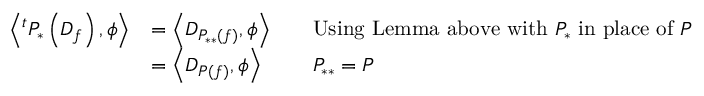
{ \begin{array} { r l r l } { \left\langle ^ { t } P _ { * } \left( D _ { f } \right) , \phi \right\rangle } & { = \left\langle D _ { P _ { * * } ( f ) } , \phi \right\rangle } & & { { \mathrm { U s i n g ~ L e m m a ~ a b o v e ~ w i t h ~ } } P _ { * } { \mathrm { ~ i n ~ p l a c e ~ o f ~ } } P } \\ & { = \left\langle D _ { P ( f ) } , \phi \right\rangle } & & { P _ { * * } = P } \end{array} }